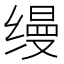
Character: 缦